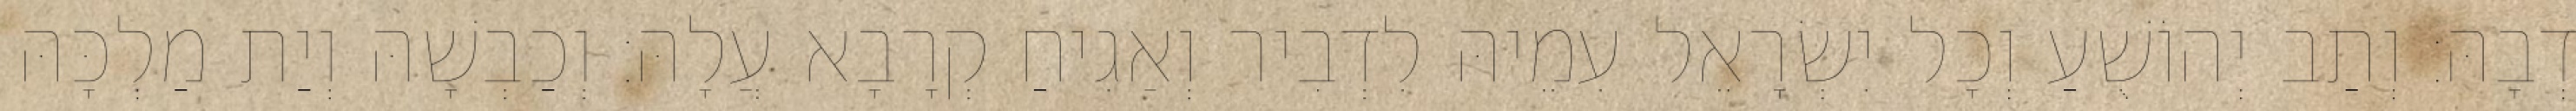
דְבָהּ׃ וְתַב יְהוֹשֻׁעַ וְכָל יִשְׂרָאֵל עִמֵיהּ לִדְבִיר וְאַגִיחַ קְרָבָא עֲלָהּ׃ וְכַבְשָׁהּ וְיַת מַלְכָּהּ